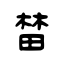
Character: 榃